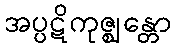
အပ္ပဋိကုဇ္ဈန္တော